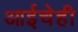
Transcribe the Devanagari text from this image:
आईचेही